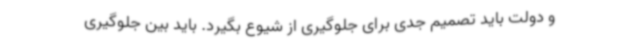
و دولت باید تصمیم جدی برای جلوگیری از شیوع بگیرد. باید بین جلوگیری